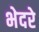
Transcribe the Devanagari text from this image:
भेदरे